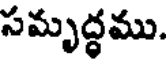
సమృద్ధము.